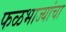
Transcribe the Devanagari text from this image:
फळभाज्यांचा